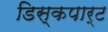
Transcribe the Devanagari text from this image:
डिस्कपार्ट